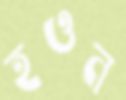
হওন